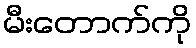
မီးတောက်ကို